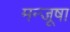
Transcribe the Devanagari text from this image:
मन्जूषा